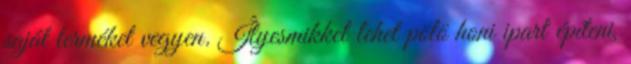
saját terméket vegyen. Ílyesmikkel lehet pölö honi ipart építeni,